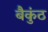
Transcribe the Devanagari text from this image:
बैकुंठ